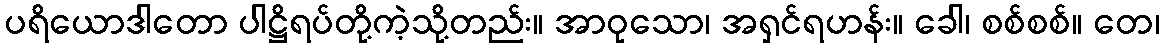
ပရိယောဒါတော ပါဋ္ဌိရပ်တို့ကဲ့သို့တည်း။ အာဝုသော၊ အရှင်ရဟန်း။ ခေါ၊ စစ်စစ်။ တေ၊